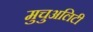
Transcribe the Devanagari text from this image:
मुचुअलिटी